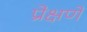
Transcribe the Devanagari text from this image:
प्रेक्षणे